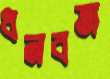
ধনবত্তা